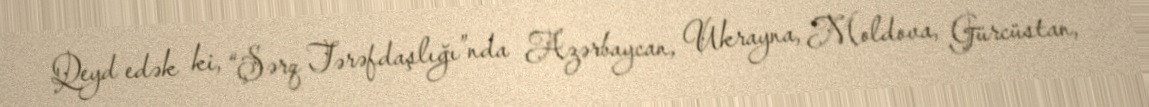
Qeyd edək ki, “Şərq Tərəfdaşlığı”nda Azərbaycan, Ukrayna, Moldova, Gürcüstan,